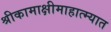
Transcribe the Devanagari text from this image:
श्रीकामाक्षीमाहात्म्यात